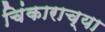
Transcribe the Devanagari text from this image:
चिंकाराच्या